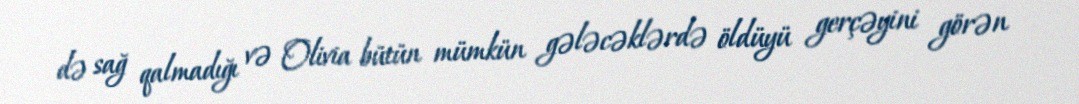
də sağ qalmadığı və Olivia bütün mümkün gələcəklərdə öldüyü gerçəyini görən